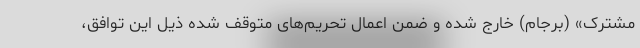
مشترک» (برجام) خارج شده و ضمن اعمال تحریم‌های متوقف شده ذیل این توافق،